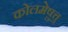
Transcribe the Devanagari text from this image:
कोलमेष़ुत्तु